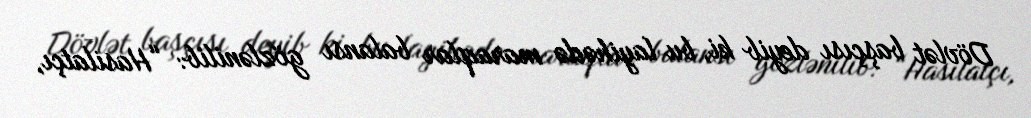
Dövlət başçısı deyib ki, bu layihədə maraqlar balansı gözlənilib: “Hasilatçı,